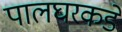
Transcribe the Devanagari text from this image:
पालघरकडे